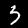
Digit: 3